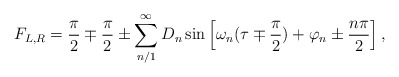
\begin{align*}F_{L,R} = \frac{\pi}{2} \mp \frac{\pi}{2}\pm\sum_{n/1}^{\infty}D_n\sin\left[\omega_n(\tau\mp \frac{\pi}{2}) + \varphi_n \pm \frac{n\pi}{2}\right],\end{align*}